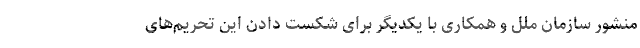
منشور سازمان ملل و همکاری با یکدیگر برای شکست دادن این تحریم‌های